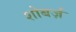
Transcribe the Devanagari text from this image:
शोबर्ज़